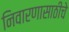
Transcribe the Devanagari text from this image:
निवारणासाठीचे